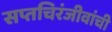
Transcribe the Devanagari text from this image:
सप्तचिरंजीवांची